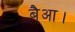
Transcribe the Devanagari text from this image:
बैआ।